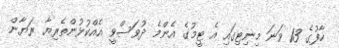
ހާފުގެ 13 ވަނަ މިނިޓިގައި އެ ޓީމުގެ އެންމެ ދުވަސްވީ އެއްކުޅުންތެރިޔާ ރަޔާން